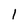
Character: l